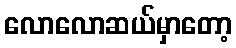
လောလောဆယ်မှာတော့